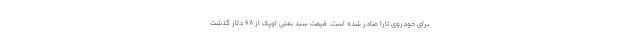
برای خودروی تارا صادر شده است. قیمت سبد نفتی اوپک از ۶۸ دلار گذشت